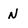
Character: N